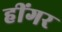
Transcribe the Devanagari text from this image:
हींगर